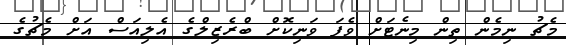
މެޗު ނިމެން ތިން މިނެޓަށް ވެފަ ވަނިކޮށް ބްރެޒިލްގެ އެލިއަސް އަށް މެޗުގެ